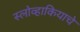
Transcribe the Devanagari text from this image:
स्लोव्हाकियाचे